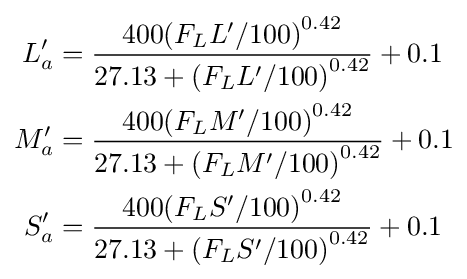
{\begin{aligned}L'_{a}&={\frac {400{\left(F_{L}L'/100\right)}^{0.42}}{27.13+{\left(F_{L}L'/100\right)}^{0.42}}}+0.1\\M'_{a}&={\frac {400{\left(F_{L}M'/100\right)}^{0.42}}{27.13+{\left(F_{L}M'/100\right)}^{0.42}}}+0.1\\S'_{a}&={\frac {400{\left(F_{L}S'/100\right)}^{0.42}}{27.13+{\left(F_{L}S'/100\right)}^{0.42}}}+0.1\end{aligned}}